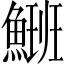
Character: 𩺡